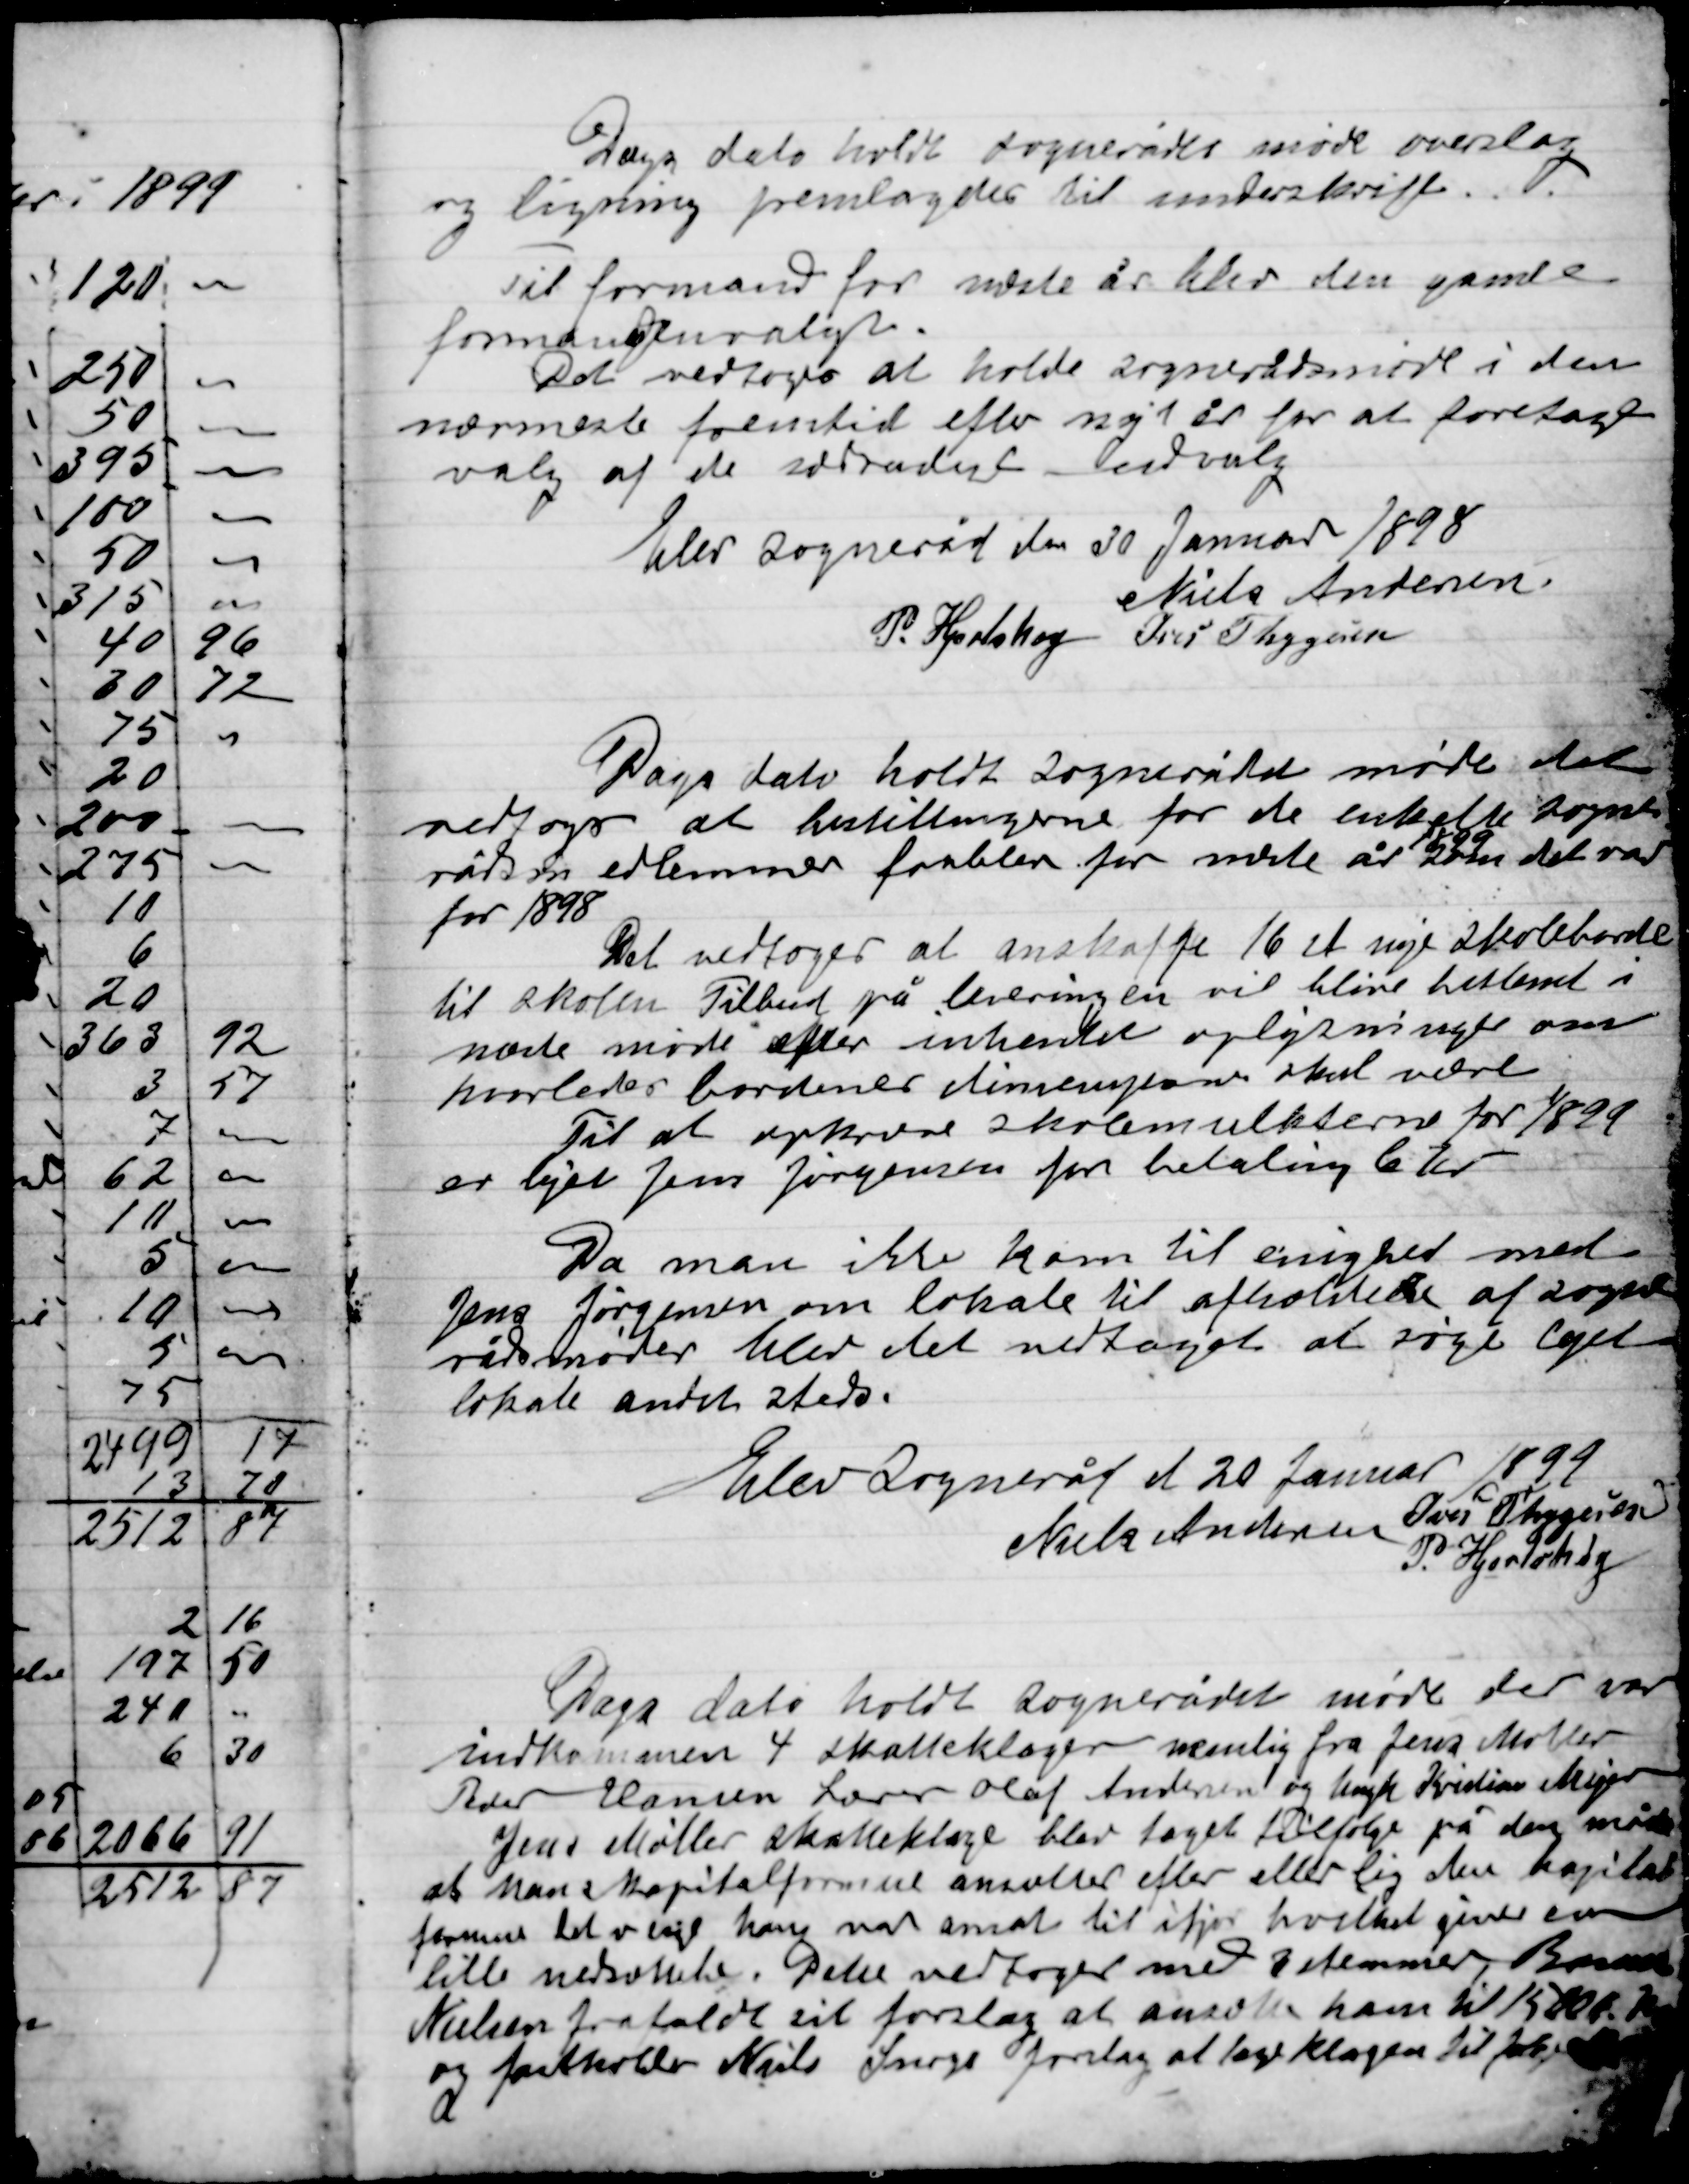
Transskription:
Dags dato holdt Sognerådet møde overslag
og ligning fremlagdes til underskrift.

Til formand for næste år blev den gamle
formand genvalgt.
Det vedtoges at holde sognerådsmøde i den
nærmeste fremtid efter nyt år for at foretage
valg af de sædvanlige udvalg

Elev Sogneråd den 30 Januar 1898

Niels Andersen
P. Hjortshøj
Ivar Thygesen

Dags dato holdt Sognerådet møde det
vedtoges at bestillingerne for de enkelte Sogne-
råds medlemmer forblev for næste år
1899
som det var
for 1898.
Det vedtoges at anskaffe 16 st nye skoleborde
til skolen Tilbud på leveringen vil blive bestemt i
næste møde efter indhentet oplysninger om
hvorledes bordenes dimensjoner skal være
Til at opkræve skolemulkter for 1899
er lejet Jens Jørgensen for betaling 6 Kr.
Da man ikke kom til enighed med
Jens Jørgensen om lokale til afholdelse af sogne-
rådsmøderne blev det vedtaget at søge lejet
lokale andet steds.

Elev Sogneråd d. 20 Januar 1899

Niels Andersen
Ivar Thygesen
P. Hjortshøj

Dags dato holdt Sognerådet møde der var
indkommen 4 skatteklager nemlig fra Jens Møller,
Peder Hansen, Lærer Olaf Andersen og Mogens Kristian Mejer
Jens Møller skatteklage blev taget tilfølge på den måde
at hans kapitalformue ansættes efter eller lig den kapital
formue det vil sige han var ansat til ifjor hvilket giver en
lille nedsættelse. Dette vedtoges med 3 stemmer Bomholdt
Nielsen fastholdt sit forslag at ansætte ham til 1500 Kr.
og fastholder Niels Snogs forslag at tage klagen til følge